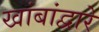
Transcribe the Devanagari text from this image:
खांबांद्वारे